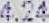
4.24